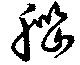
脳